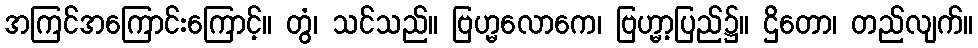
အကြင်အကြောင်းကြောင့်။ တွံ၊ သင်သည်။ ဗြဟ္မလောကေ၊ ဗြဟ္မာ့ပြည်၌။ ဌိတော၊ တည်လျက်။